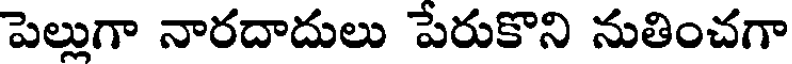
పెల్లుగా నారదాదులు పేరుకొని నుతించగా